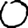
Digit: 0